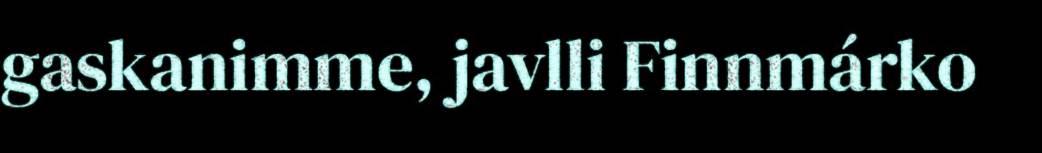
gaskanimme, javlli Finnmárko